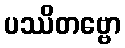
ပဿိတဗ္ဗော